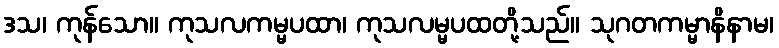
ဒသ၊ ကုန်သော။ ကုသလကမ္မပထာ၊ ကုသလမ္မပထတို့သည်။ သုဂတကမ္မာနိနာမ၊